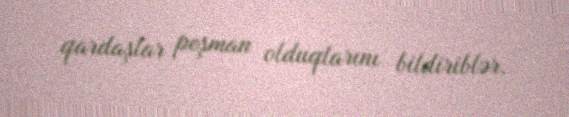
qardaşlar peşman olduqlarını bildiriblər.